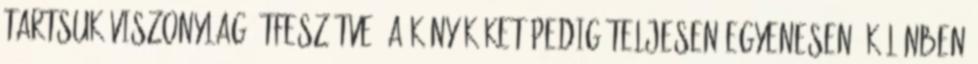
tartsuk viszonylag átfeszítve, a könyököket pedig teljesen egyenesen, különben